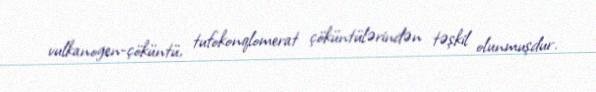
vulkanogen-çöküntü, tufokonqlomerat çöküntülərindən təşkil olunmuşdur.